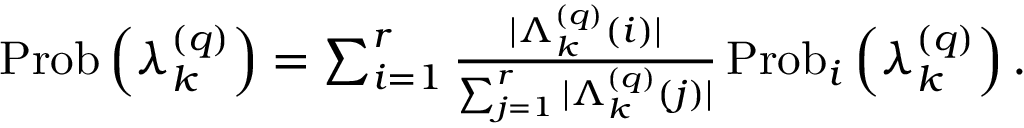
\begin{array} { r } { \operatorname { P r o b } \left( \lambda _ { k } ^ { \left( q \right) } \right) = \sum _ { i = 1 } ^ { r } \frac { \vert \Lambda _ { k } ^ { \left( q \right) } \left( i \right) \vert } { \sum _ { j = 1 } ^ { r } \vert \Lambda _ { k } ^ { \left( q \right) } \left( j \right) \vert } \operatorname { P r o b } _ { i } \left( \lambda _ { k } ^ { \left( q \right) } \right) . } \end{array}